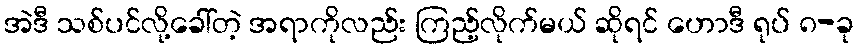
အဲဒီ သစ်ပင်လို့ခေါ်တဲ့ အရာကိုလည်း ကြည့်လိုက်မယ် ဆိုရင် ဟောဒီ ရုပ် ၈-ခု